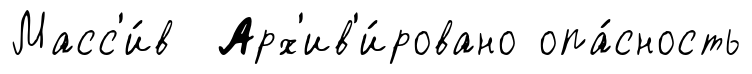
Масс'и́в Арх'ив'и́ровано опа́сность